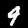
Digit: 9